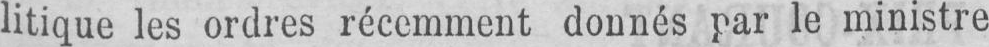
litique les ordres récemment donnés par le ministre